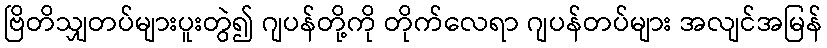
ဗြိတိသျှတပ်များပူးတွဲ၍ ဂျပန်တို့ကို တိုက်လေရာ ဂျပန်တပ်များ အလျင်အမြန်